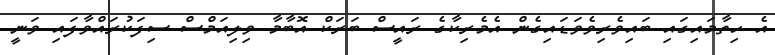
އެ ހިތާމައިގައި ބައިވެރިވެވަޑައިގެން އެމެރިކާގެ ރައީސް ބަރަކް އޮބާމާ ވިލިއަމްސް ސިފަކުރައްވާފައި ވަނީ